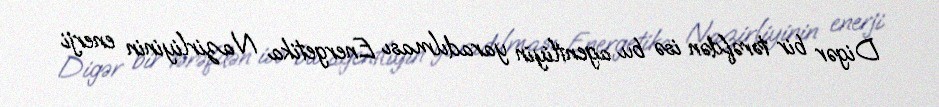
Digər bir tərəfdən isə bu agentliyin yaradılması Energetika Nazirliyinin enerji